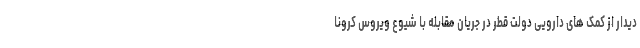
دیدار از کمک های دارویی دولت قطر در جریان مقابله با شیوع ویروس کرونا